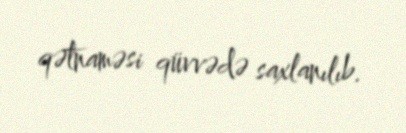
qətnaməsi qüvvədə saxlanılıb.